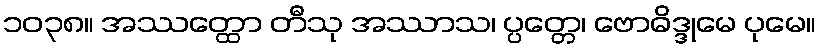
၁၀၃၈။ အဿတ္ထော တီသု အဿာသ၊ ပ္ပတ္တေ၊ ဗောဓိဒ္ဒုမေ ပုမေ။